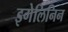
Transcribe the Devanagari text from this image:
इगेलिनिन